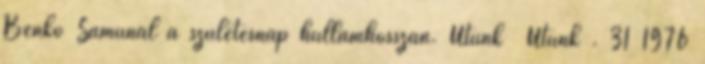
Benkő Samunál a születésnap hullámhosszán. Utunk Ütünk . 31 1976